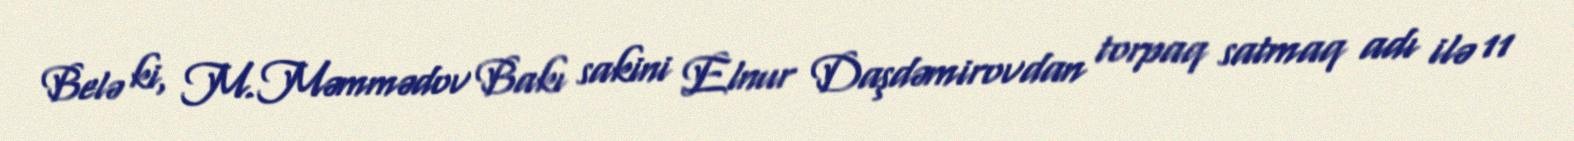
Belə ki, M.Məmmədov Bakı sakini Elnur Daşdəmirovdan torpaq satmaq adı ilə 11